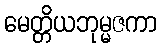
မေတ္တိယဘုမ္မဇကာ